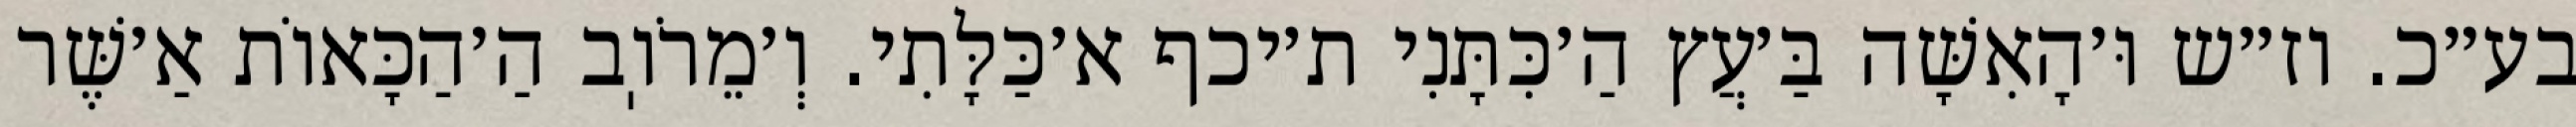
בע״כ. וז״ש וּ׳הָאִשָּׁה בַּ׳עֲץ הַ׳כִּתָּנִי ת׳יכף א׳כַּלָּתִי. וְ׳מֵרֹוֽב הַ׳הַכָּאוֹת אַ׳שֶּׁר